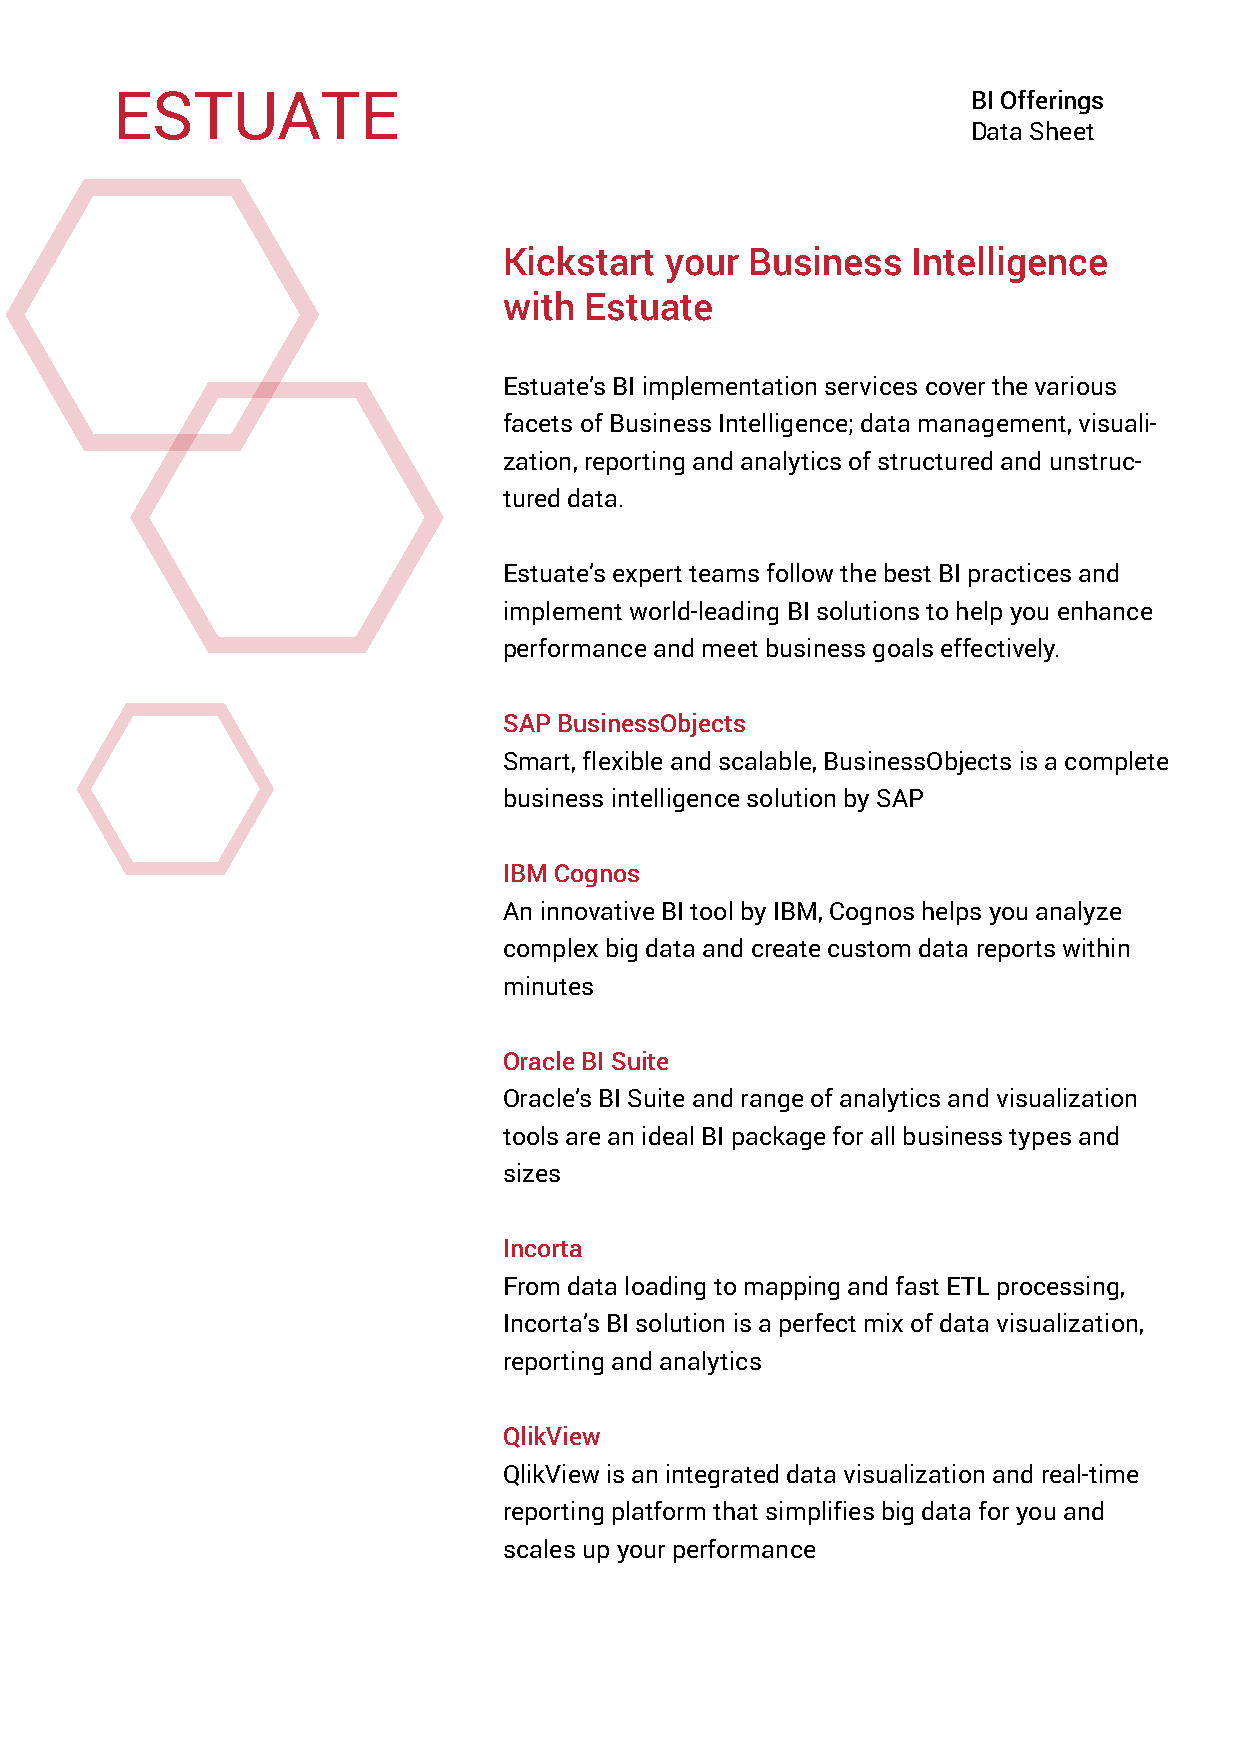
BI Offerings
 Data Sheet
 Kickstart  your  Business  Intelligence
 with  Estuate
 Estuate’s BI implementation services cover the various
 facets of Business Intelligence; data management, visuali-
 zation, reporting and analytics of structured and unstruc-
 tured data.
 Estuate’s expert teams follow the best BI practices and
 implement world-leading BI solutions to help you enhance
 performance and meet business goals effectively.
 SAP BusinessObjects
 Smart, flexible and scalable, BusinessObjects is a complete
 business intelligence solution by SAP
 IBM Cognos
 An innovative BI tool by IBM, Cognos helps you analyze
 complex big data and create custom data reports within
 minutes
 Oracle BI Suite
 Oracle’s BI Suite and range of analytics and visualization
 tools are an ideal BI package for all business types and
 sizes
 Incorta
 From data loading to mapping and fast ETL processing,
 Incorta’s BI solution is a perfect mix of data visualization,
 reporting and analytics
 QlikView
 QlikView is an integrated data visualization and real-time
 reporting platform that simplifies big data for you and
 scales up your performance